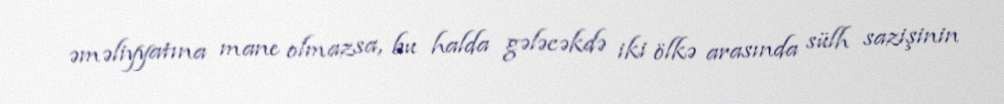
əməliyyatına mane olmazsa, bu halda gələcəkdə iki ölkə arasında sülh sazişinin